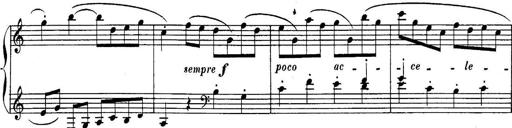
Title: Sonatina for Piano
Composer: BÃ©la BartÃ³k